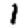
Digit: 1